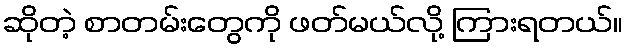
ဆိုတဲ့ စာတမ်းတွေကို ဖတ်မယ်လို့ ကြားရတယ်။